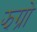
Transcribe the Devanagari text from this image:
झग्रो